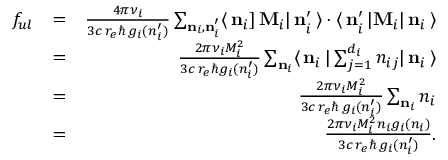
\begin{array} { r l r } { f _ { u l } } & { = } & { \frac { 4 \pi \nu _ { i } } { 3 c \, r _ { e } \hbar \, g _ { i } ( n _ { i } ^ { \prime } ) } \sum _ { { \bf n } _ { i } , { \bf n } _ { i } ^ { \prime } } \langle \, { \bf n } _ { i } ] \, { \bf M } _ { i } | \, { \bf n } _ { i } ^ { \prime } \, \rangle \cdot \langle \, { \bf n } _ { i } ^ { \prime } \, | { \bf M } _ { i } | \, { \bf n } _ { i } \, \rangle } \\ & { = } & { \frac { 2 \pi \nu _ { i } M _ { i } ^ { 2 } } { 3 c \, r _ { e } \hbar g _ { i } ( n _ { i } ^ { \prime } ) } \sum _ { { \bf n } _ { i } } \langle \, { \bf n } _ { i } \, | \sum _ { j = 1 } ^ { d _ { i } } n _ { i j } | \, { \bf n } _ { i } \, \rangle } \\ & { = } & { \frac { 2 \pi \nu _ { i } M _ { i } ^ { 2 } } { 3 c \, r _ { e } \hbar \, g _ { i } ( n _ { i } ^ { \prime } ) } \sum _ { { \bf n } _ { i } } n _ { i } } \\ & { = } & { \frac { 2 \pi \nu _ { i } M _ { i } ^ { 2 } n _ { i } g _ { i } ( n _ { i } ) } { 3 c \, r _ { e } \hbar \, g _ { i } ( n _ { i } ^ { \prime } ) } . } \end{array}